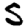
Digit: 5